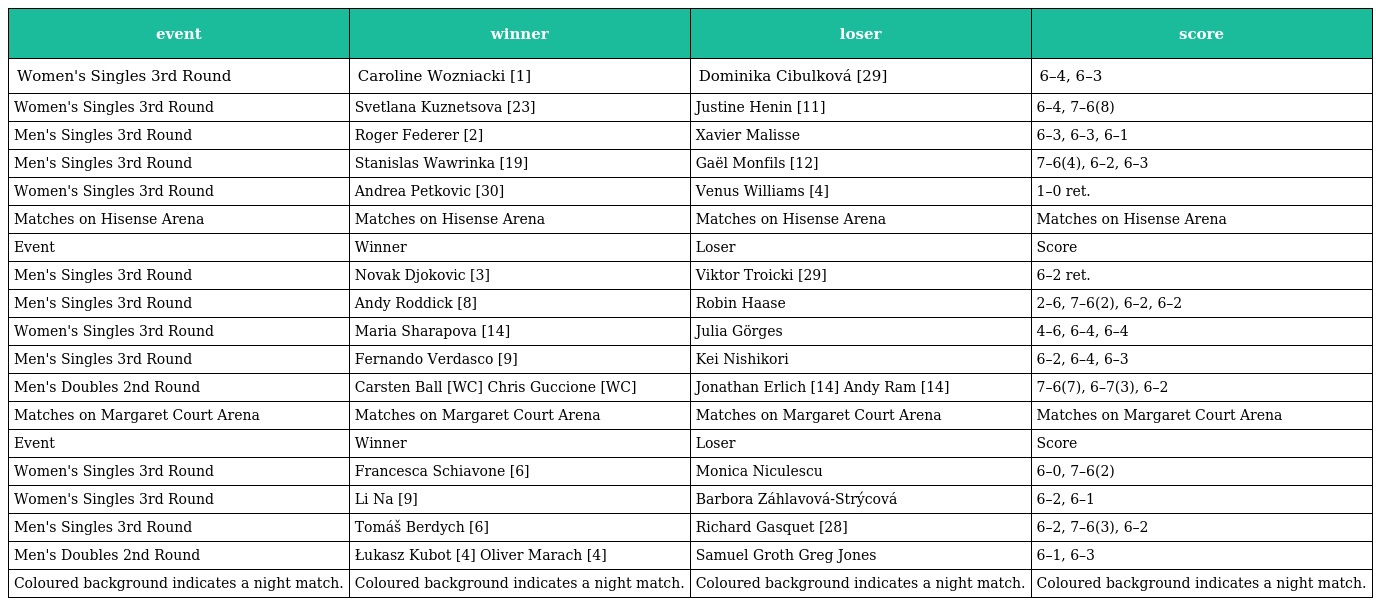
| event | winner | loser | score |
 | --- | --- | --- | --- |
 | Women's Singles 3rd Round | Caroline Wozniacki [1] | Dominika Cibulková [29] | 6–4, 6–3 |
 | Women's Singles 3rd Round | Svetlana Kuznetsova [23] | Justine Henin [11] | 6–4, 7–6(8) |
 | Men's Singles 3rd Round | Roger Federer [2] | Xavier Malisse | 6–3, 6–3, 6–1 |
 | Men's Singles 3rd Round | Stanislas Wawrinka [19] | Gaël Monfils [12] | 7–6(4), 6–2, 6–3 |
 | Women's Singles 3rd Round | Andrea Petkovic [30] | Venus Williams [4] | 1–0 ret. |
 | Matches on Hisense Arena | Matches on Hisense Arena | Matches on Hisense Arena | Matches on Hisense Arena |
 | Event | Winner | Loser | Score |
 | Men's Singles 3rd Round | Novak Djokovic [3] | Viktor Troicki [29] | 6–2 ret. |
 | Men's Singles 3rd Round | Andy Roddick [8] | Robin Haase | 2–6, 7–6(2), 6–2, 6–2 |
 | Women's Singles 3rd Round | Maria Sharapova [14] | Julia Görges | 4–6, 6–4, 6–4 |
 | Men's Singles 3rd Round | Fernando Verdasco [9] | Kei Nishikori | 6–2, 6–4, 6–3 |
 | Men's Doubles 2nd Round | Carsten Ball [WC] Chris Guccione [WC] | Jonathan Erlich [14] Andy Ram [14] | 7–6(7), 6–7(3), 6–2 |
 | Matches on Margaret Court Arena | Matches on Margaret Court Arena | Matches on Margaret Court Arena | Matches on Margaret Court Arena |
 | Event | Winner | Loser | Score |
 | Women's Singles 3rd Round | Francesca Schiavone [6] | Monica Niculescu | 6–0, 7–6(2) |
 | Women's Singles 3rd Round | Li Na [9] | Barbora Záhlavová-Strýcová | 6–2, 6–1 |
 | Men's Singles 3rd Round | Tomáš Berdych [6] | Richard Gasquet [28] | 6–2, 7–6(3), 6–2 |
 | Men's Doubles 2nd Round | Łukasz Kubot [4] Oliver Marach [4] | Samuel Groth Greg Jones | 6–1, 6–3 |
 | Coloured background indicates a night match. | Coloured background indicates a night match. | Coloured background indicates a night match. | Coloured background indicates a night match. |